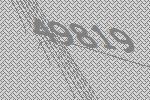
49819